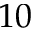
1 0